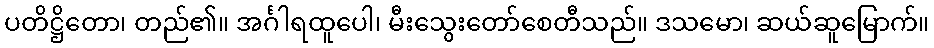
ပတိဋ္ဌိတော၊ တည်၏။ အင်္ဂါရထူပေါ၊ မီးသွေးတော်စေတီသည်။ ဒသမော၊ ဆယ်ဆူမြောက်။